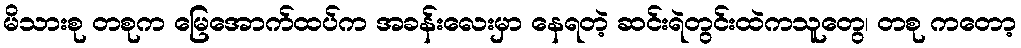
မိသားစု တစုက မြေအောက်ထပ်က အခန်းလေးမှာ နေရတဲ့ ဆင်းရဲတွင်းထဲကသူတွေ၊ တစု ကတော့